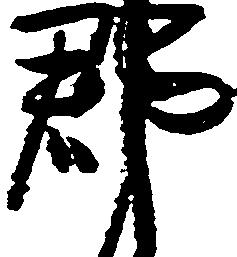
郡